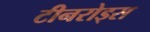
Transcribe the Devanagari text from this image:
टीनरोड्स